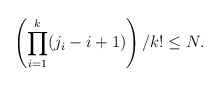
\begin{align*}\left(\prod_{i=1}^{k} (j_i-i+1)\right)/k!\le N.\end{align*}